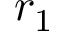
r _ { 1 }